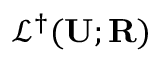
\mathscr { L } ^ { \dagger } ( \mathbf { U } ; \mathbf { R } )